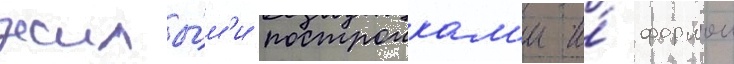
жилы́м'и построикам'и и́ формои